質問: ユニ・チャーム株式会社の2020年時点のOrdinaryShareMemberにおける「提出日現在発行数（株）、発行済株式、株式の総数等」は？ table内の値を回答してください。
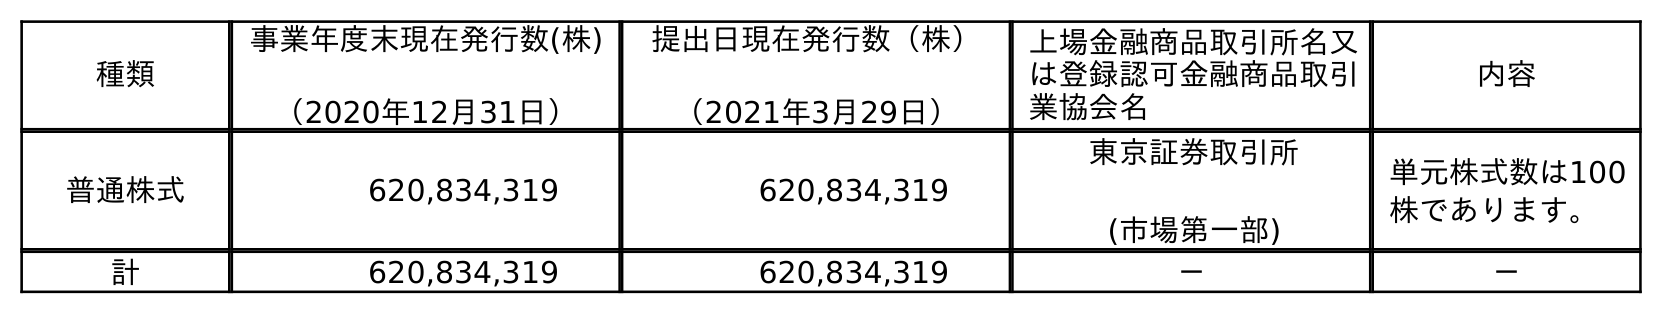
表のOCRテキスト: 種類 事業年度末現在発行数(株) （2020年12月31日） 提出日現在発行数（株） （2021年3月29日） 上場金融商品取引所名又 は登録認可金融商品取引 業協会名 内容 普通株式 620,834,319 620,834,319 東京証券取引所 (市場第一部) 単元株式数は100 株であります。 計 620,834,319 620,834,319 － －
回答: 620,834,319